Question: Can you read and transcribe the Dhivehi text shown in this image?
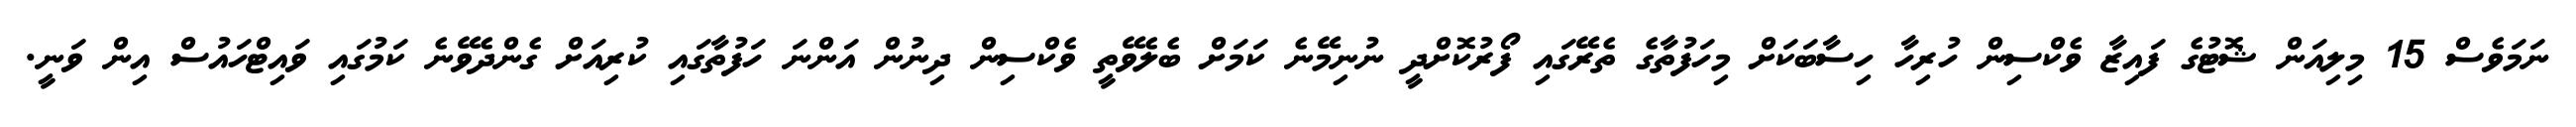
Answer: ނަމަވެސް 15 މިލިއަން ޝޮޓުގެ ފައިޒާ ވެކްސިން ހުރިހާ ހިސާބަކަށް މިހަފުތާގެ ތެރޭގައި ފޯރުކޮށްދީ ނުނިމޭނެ ކަމަށް ބެލެވޭތީ ވެކްސިން ދިނުން އަންނަ ހަފުތާގައި ކުރިއަށް ގެންދެވޭނެ ކަމުގައި ވައިޓްހައުސް އިން ވަނީ.